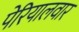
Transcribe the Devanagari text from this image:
पेरियालवार